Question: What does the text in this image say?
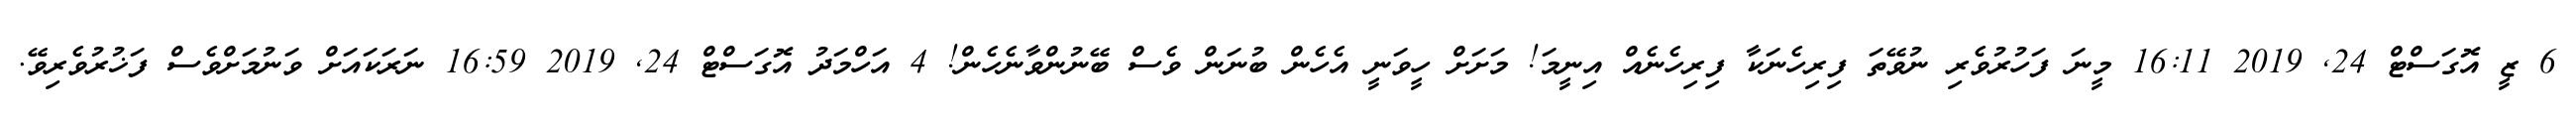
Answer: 6 ޒީ އޮގަސްޓް 24, 2019 16:11 މީނަ ފަހުރުވެރި ނުވޭތަ ފިރިހެނަކާ ފިރިހެނެއް އިނީމަ! މަށަށް ހީވަނީ އެހެން ބުނަން ވެސް ބޭނުންވާނެހެން! 4 އަހްމަދު އޮގަސްޓް 24, 2019 16:59 ނަރަކައަށް ވަނުމަށްވެސް ފަޚުރުވެރިވޭ.